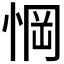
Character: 𢜟